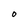
Character: O